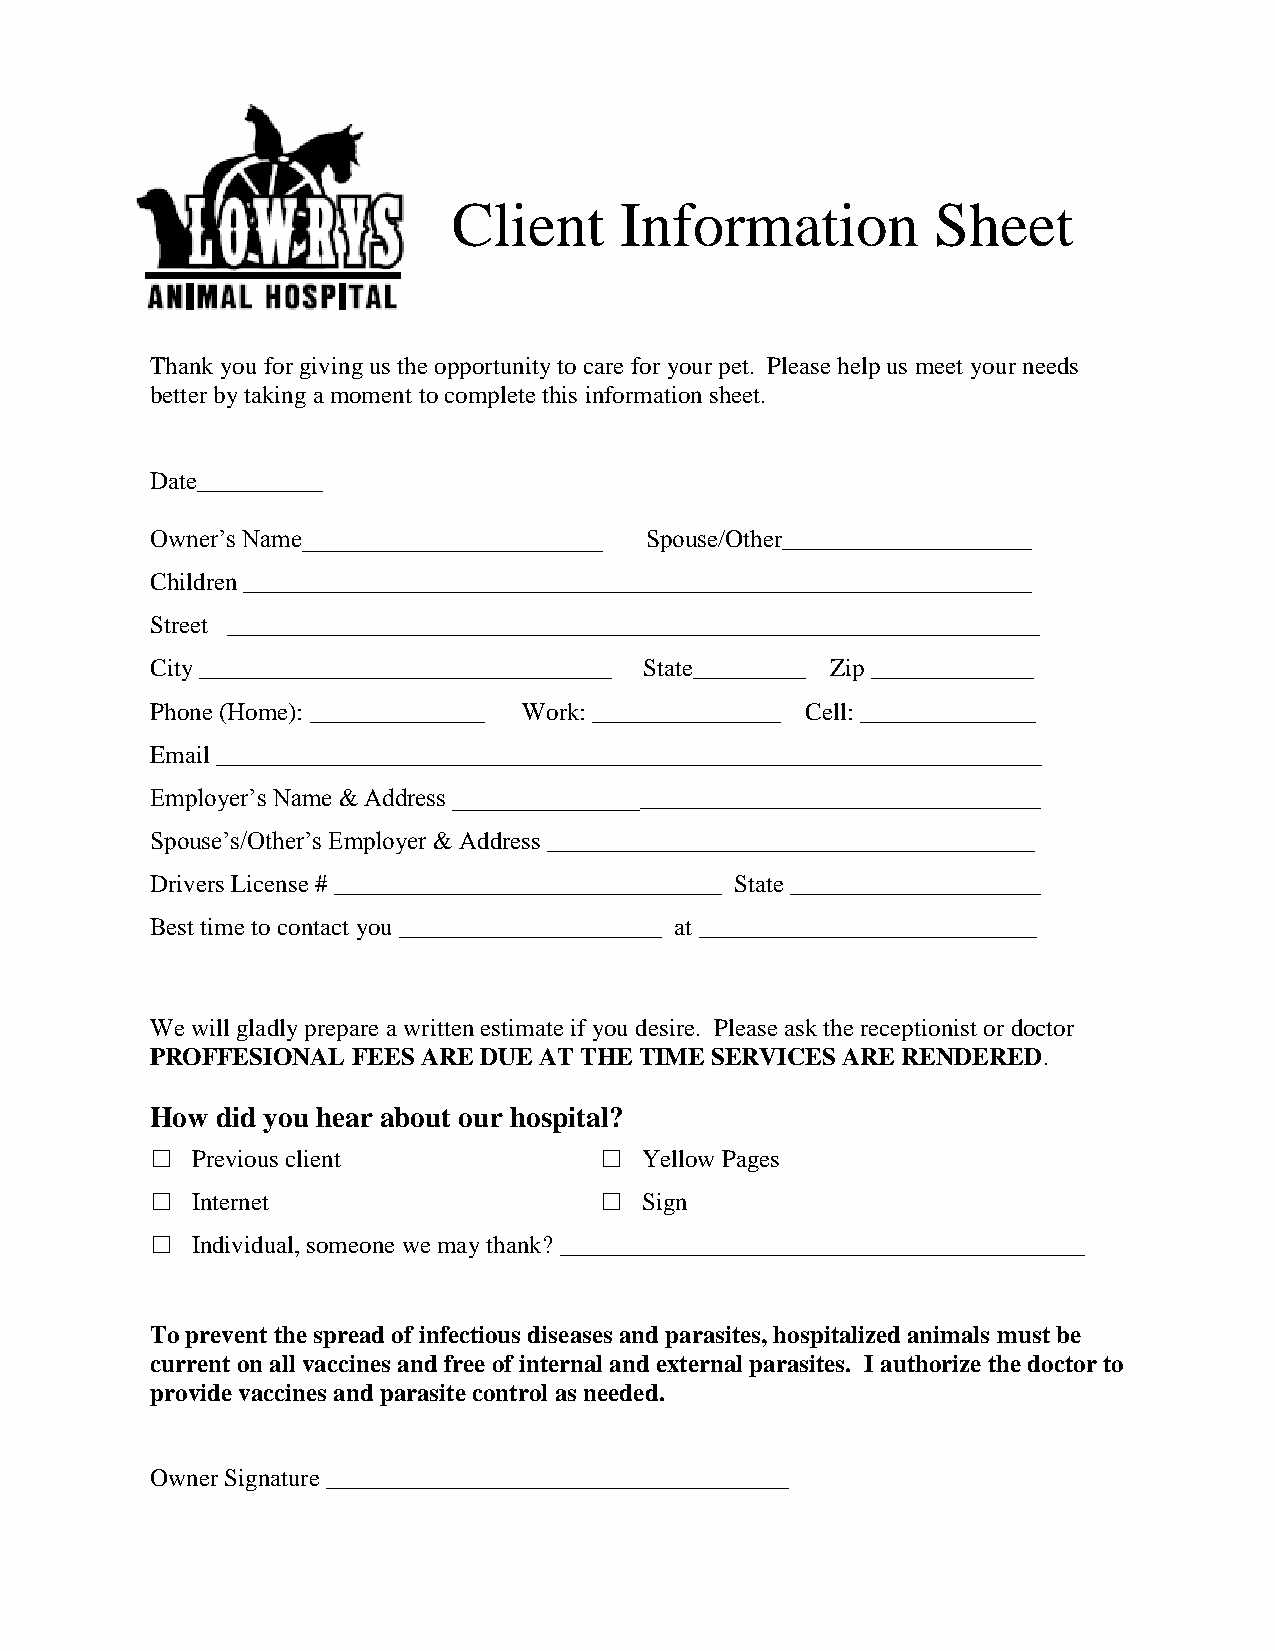
Client     Information          Sheet
 Thank you for giving us the opportunity to care for your pet. Please help us meet your needs
 better by taking a moment to complete this information sheet.
 Date__________
 Owner’s Name________________________ Spouse/Other____________________
 Children _______________________________________________________________
 Street _________________________________________________________________
 City _________________________________ State_________ Zip _____________
 Phone (Home): ______________ Work: _______________ Cell: ______________
 Email __________________________________________________________________
 Employer’s Name & Address _______________________________________________
 Spouse’s/Other’s Employer & Address _______________________________________
 Drivers License # _______________________________ State ____________________
 Best time to contact you _____________________ at ___________________________
 We will gladly prepare a written estimate if you desire. Please ask the receptionist or doctor
 PROFFESIONAL FEES ARE DUE AT THE TIME SERVICES ARE RENDERED.
 How did you hear about our hospital?
 □                             □
 Previous client              Yellow Pages
 □                             □
 Internet                     Sign
 □
 Individual, someone we may thank? __________________________________________
 To prevent the spread of infectious diseases and parasites, hospitalized animals must be
 current on all vaccines and free of internal and external parasites. I authorize the doctor to
 provide vaccines and parasite control as needed.
 Owner Signature _____________________________________